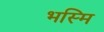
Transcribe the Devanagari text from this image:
भस्मि